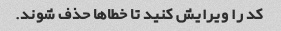
کد را ویرایش کنید تا خطاها حذف شوند.